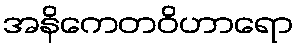
အနိကေတဝိဟာရော